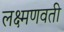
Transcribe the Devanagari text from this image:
लक्ष्मणवती